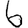
Digit: 6